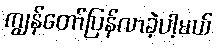
ကျွန်တော်ပြန်လာခဲ့ပါ့မယ်